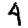
Digit: 4